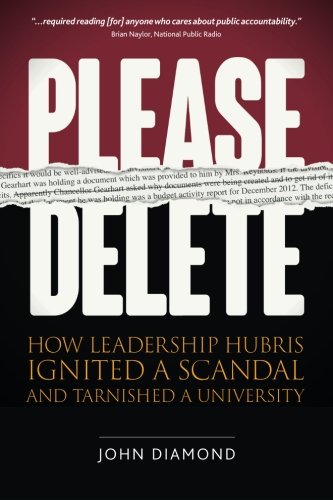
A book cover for Please Delete: How Leadership Hubris Ignited a Scandal and Tarnished a University; John Nathan Diamond; Education & Teaching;